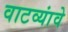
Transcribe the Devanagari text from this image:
वाटव्यांवे